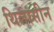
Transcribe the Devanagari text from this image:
थिलासीन